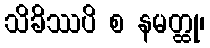
သိခိဿပိ စ နမတ္ထု၊